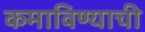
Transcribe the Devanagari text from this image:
कमाविण्याची